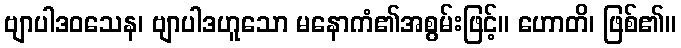
ဗျာပါဒဝသေန၊ ဗျာပါဒဟူသော မနောကံ၏အစွမ်းဖြင့်။ ဟောတိ၊ ဖြစ်၏။